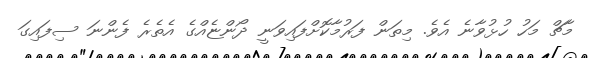
މާޗް މަހު ހުޅުވާނެ އެވެ. މިތަން ފަރުމާކޮށްފައިވަނީ ދޯންޏެއްގެ އެތެރެ ފެންނަ ސިފައިގަ